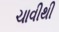
ચાવીથી